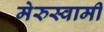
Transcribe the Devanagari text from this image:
मेरुस्वामी